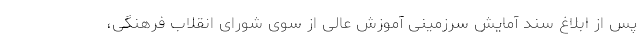
پس از ابلاغ سند آمایش سرزمینی آموزش عالی از سوی شورای انقلاب فرهنگی،